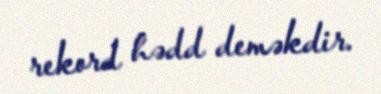
rekord hədd deməkdir.